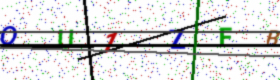
Text: QU1ZFB